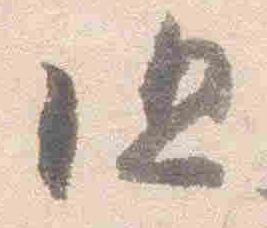
但